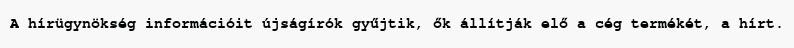
A hírügynökség információit újságírók gyűjtik, ők állítják elő a cég termékét, a hírt.